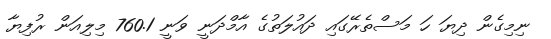
ނިމިގެން ދިޔަ ހަ މަސްތެރޭގައި ދައުލަތުގެ އާމްދަނީ ވަނީ 760.1 މިލިއަން ރުފިޔާ